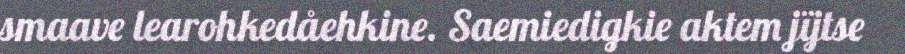
smaave learohkedåehkine. Saemiedigkie aktem jïjtse